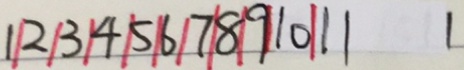
1 / 2 / 3 / 4 / 5 / 6 / 7 / 8 / 9 / 1 0 / 1 1 1